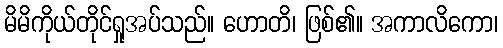
မိမိကိုယ်တိုင်ရှုအပ်သည်။ ဟောတိ၊ ဖြစ်၏။ အကာလိကော၊